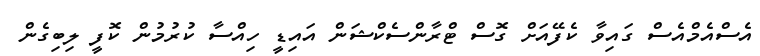
އެސްއެމްއެސް ގައިވާ ކެފޭއަށް ގޮސް ޓްރާންސެކްޝަން އައިޑީ ހިއްސާ ކުރުމުން ކޮފީ ލިބިގެން